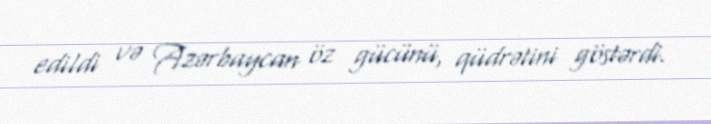
edildi və Azərbaycan öz gücünü, qüdrətini göstərdi.